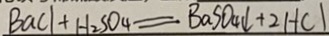
B a C l + H _ { 2 } S O _ { 4 } = B a S O _ { 4 } \downarrow + 2 H C l